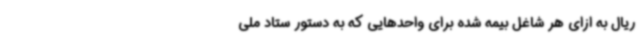
ریال به ازای هر شاغل بیمه شده برای واحدهایی که به دستور ستاد ملی